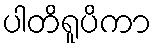
ပါတိရူပိကာ